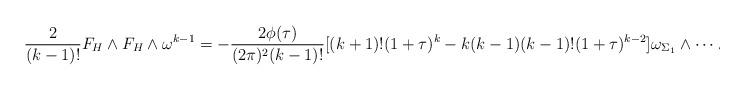
LaTeX: \begin{align*}\frac{2}{(k-1)!}F_{H}\wedge F_{H}\wedge \omega^{k-1}=-\frac{2\phi(\tau)}{(2\pi)^{2}(k-1)!}[(k+1)!(1+\tau)^{k}-k(k-1)(k-1)!(1+\tau)^{k-2}]\omega_{\Sigma_{1}}\wedge\dots\wedge\omega_{\Sigma_{k}}\wedge\frac{\sqrt{-1}dw\wedge d\bar{w}}{\lvert w\rvert^{2}}\\\end{align*}